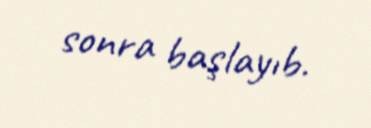
sonra başlayıb.